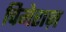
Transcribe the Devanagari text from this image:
चिमेराज़